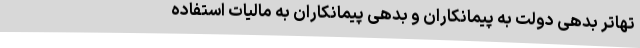
تهاتر بدهی دولت به پیمانکاران و بدهی پیمانکاران به مالیات استفاده